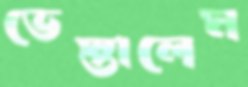
ভেস্তালেম